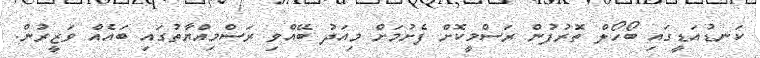
ކަނޑުއަޑީގައި ބޯހޯލް ތޮރުފުން ރަސްމީކޮށް ފެށުމަށް މިއަދު ބޭއްވި ރަސްމިއްޔާތުގައި ބައެއް ވަޒީރުން.